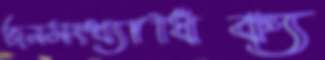
জনসংখ্যাধিক্য